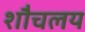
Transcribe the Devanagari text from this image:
शौचलय